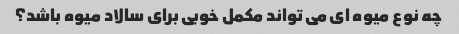
چه نوع میوه ای می تواند مکمل خوبی برای سالاد میوه باشد؟